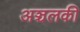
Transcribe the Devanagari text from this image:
अञ्चलकी